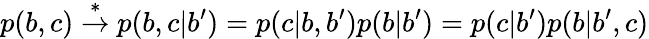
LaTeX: p(b,c)\stackrel{*}{\rightarrow}p(b,c|b^{\prime})=p(c|b,b^{\prime})p(b|b^{\prime})=p(c|b^{\prime})p(b|b^{\prime},c)